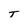
Character: T